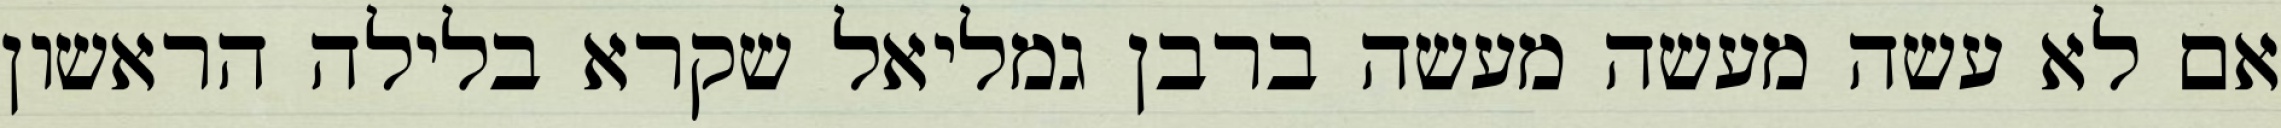
אם לא עשה מעשה מעשה ברבן גמליאל שקרא בלילה הראשון